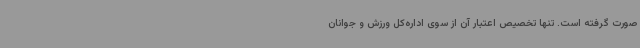
صورت گرفته است. تنها تخصیص اعتبار آن از سوی اداره‌کل ورزش و جوانان